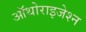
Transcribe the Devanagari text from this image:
ऑथोराइजेश्न